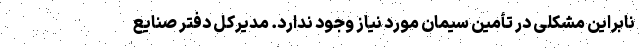
نابراین مشکلی در تأمین سیمان مورد نیاز وجود ندارد. مدیرکل دفتر صنایع